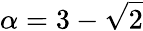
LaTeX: \alpha=3-{\sqrt{2}}